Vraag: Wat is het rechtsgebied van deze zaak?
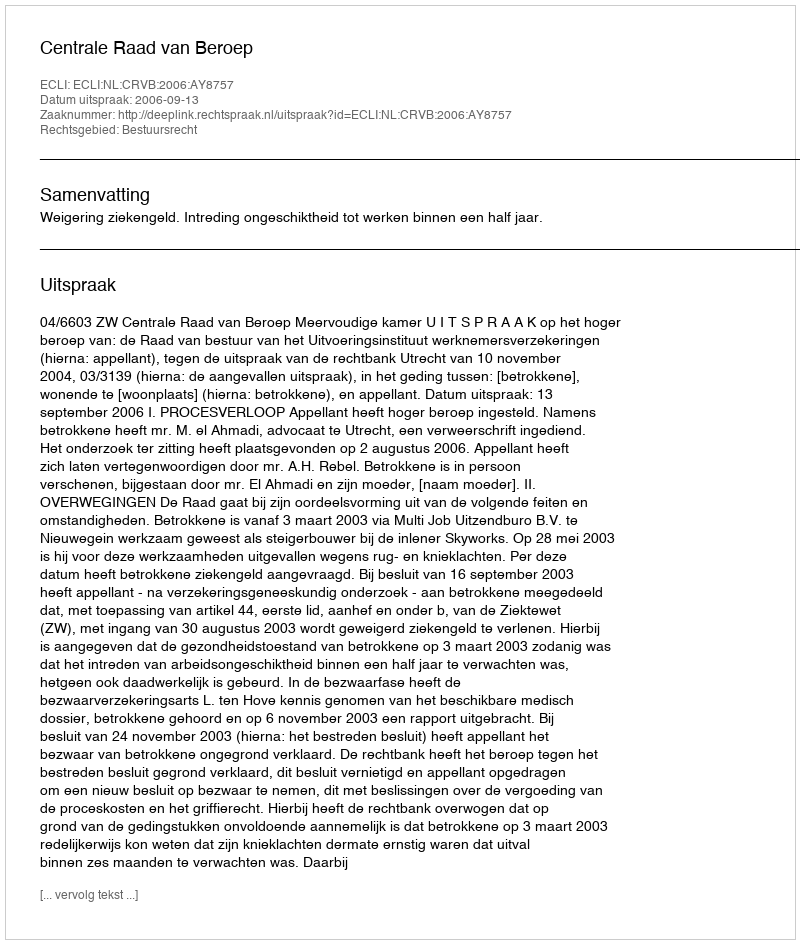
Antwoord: Bestuursrecht